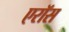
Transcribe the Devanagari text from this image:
एरॉस